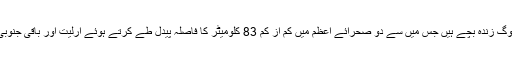
نائیجر کے سکیورٹی ذرائع نے مقامی ذرائع ابلاغ کو بتایا کہ لگ بھگ 21 لوگ زندہ بچے ہیں جس میں سے دو صحرائے اعظم میں کم از کم 83 کلومیٹر کا فاصلہ پیدل طے کرتے ہوئے ارلیت اور باقی جنوبی الجزائر کے علاقے تمنراست پہنچے، جنہیں نائیجر واپس بھیج دیا جائے گا۔